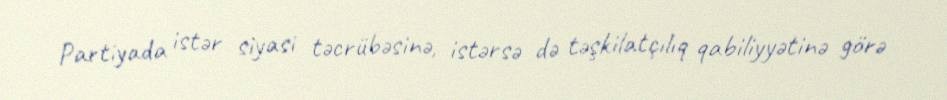
Partiyada istər siyasi təcrübəsinə, istərsə də təşkilatçılıq qabiliyyətinə görə